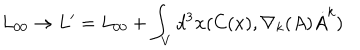
L _ { 0 0 } \rightarrow L ^ { \prime } = L _ { 0 0 } + \int _ { V } d ^ { 3 } { \bf x } ( C ( x ) , \nabla _ { k } ( A ) \dot { A } ^ { k } )